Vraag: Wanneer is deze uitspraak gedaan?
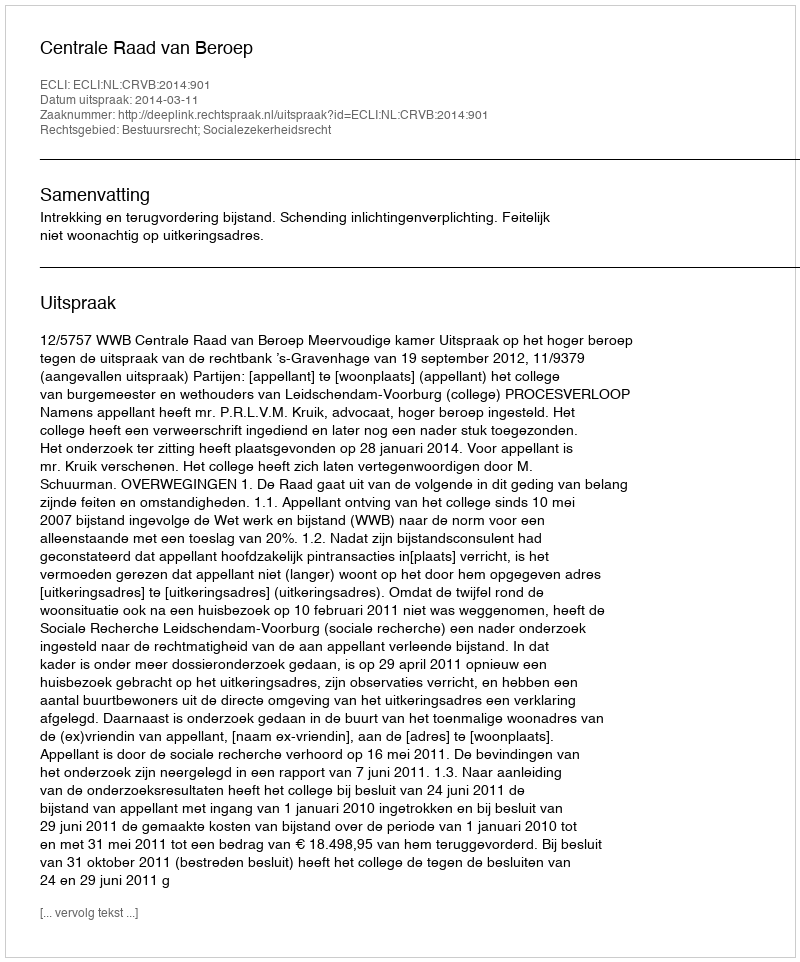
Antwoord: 2014-03-11